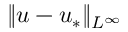
\Vert u - u _ { * } \Vert _ { L ^ { \infty } }